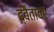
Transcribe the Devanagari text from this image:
द्वैतावर